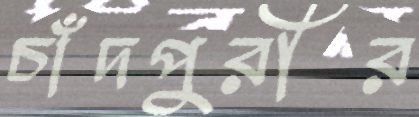
চাঁদপুরীর